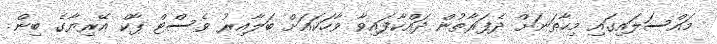
މައްސަލައިގައި މިހާތަނަށް ދެފަރާތުން ދައްކާފައިވާ ވާހަކައަށް ބަލާއިރު ވެސްޓް ޕާކް އޭރިޔާގެ ބިން